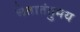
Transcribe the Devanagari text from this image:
चेतातंतुमय